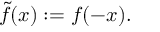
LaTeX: { \tilde { f } } ( x ) : = f ( - x ) .